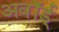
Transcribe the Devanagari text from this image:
अवॉर्ड्